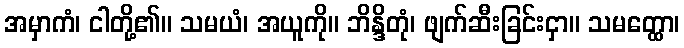
အမှာကံ၊ ငါတို့၏။ သမယံ၊ အယူကို။ ဘိန္ဒိတုံ၊ ဖျက်ဆီးခြင်းငှာ။ သမတ္ထော၊